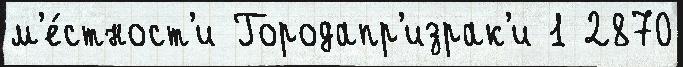
м'е́стност'и Городапр'израк'и 1 2870